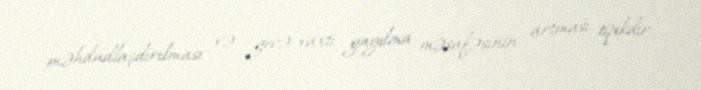
məhdudlaşdırılması və gecə vaxtı yayılma məsafəsinin artması tipikdir.